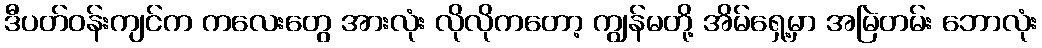
ဒီပတ်ဝန်းကျင်က ကလေးတွေ အားလုံး လိုလိုကတော့ ကျွန်မတို့ အိမ်ရှေ့မှာ အမြဲတမ်း ဘောလုံး